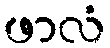
ဖာလံ